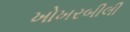
ખોખરબીલી